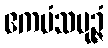
ဧကမံသပုဉ္ဇံ